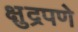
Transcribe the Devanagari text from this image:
क्षुद्रपणे